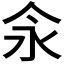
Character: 𰁯